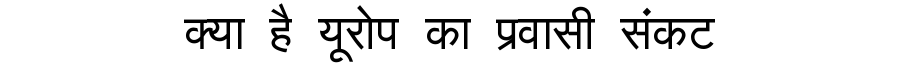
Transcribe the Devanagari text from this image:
क्या है यूरोप का प्रवासी संकट